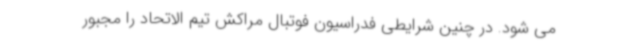
می شود. در چنین شرایطی فدراسیون فوتبال مراکش تیم الاتحاد را مجبور